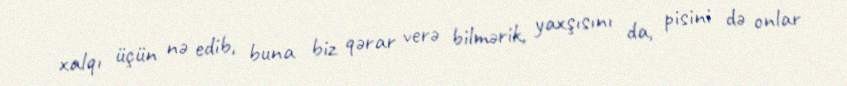
xalqı üçün nə edib, buna biz qərar verə bilmərik, yaxşısını da, pisini də onlar